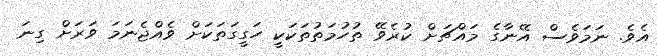
އެވެ. ނަމަވެސް އޭނާގެ މައްޗަށް ކުރެވޭ ތުހުމަތުތަކަކީ ހަގީގަތަކަށް ވެއްޖެނަމަ ވަރަށް ގިނަ